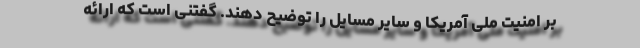
بر امنیت ملی آمریکا و سایر مسایل را توضیح دهند. گفتنی است که ارائه